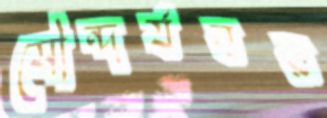
সৌন্দর্যবর